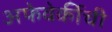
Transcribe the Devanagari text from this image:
अफेवेर्कीची